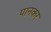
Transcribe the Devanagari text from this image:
पानकर